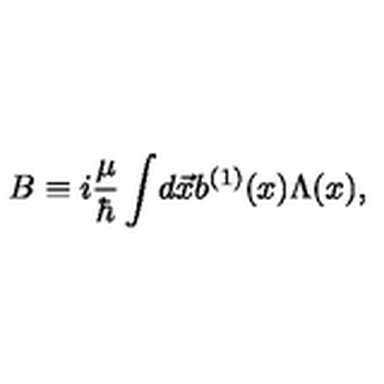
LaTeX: B \equiv i { \frac { \mu } { \hbar } } \int \! d \vec { x } b ^ { ( 1 ) } ( x ) \Lambda ( x ) ,